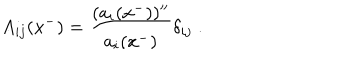
LaTeX: A _ { i j } ( x ^ { - } ) = \frac { ( a _ { i } ( x ^ { - } ) ) ^ { \prime \prime } } { a _ { i } ( x ^ { - } ) } \delta _ { i j } \; .